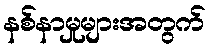
နစ်နာမှုများအတွက်